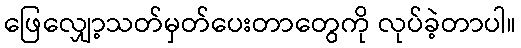
ဖြေလျှော့သတ်မှတ်ပေးတာတွေကို လုပ်ခဲ့တာပါ။